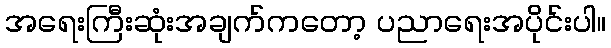
အရေးကြီးဆုံးအချက်ကတော့ ပညာရေးအပိုင်းပါ။